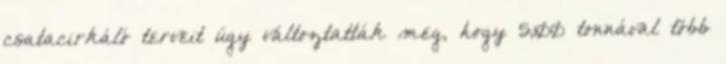
csatacirkáló terveit úgy változtatták meg, hogy 5,100 tonnával több